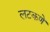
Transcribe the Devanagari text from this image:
लटकणे